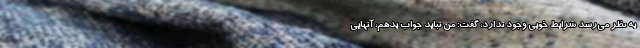
به نظر می‌رسد شرایط خوبی وجود ندارد، گفت: من نباید جواب بدهم، آنهایی